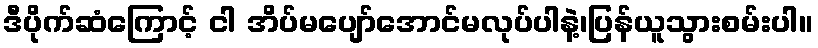
ဒီပိုက်ဆံကြောင့် ငါ အိပ်မပျော်အောင်မလုပ်ပါနဲ့၊ပြန်ယူသွားစမ်းပါ။